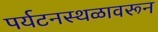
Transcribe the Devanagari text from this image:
पर्यटनस्थळावरून